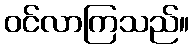
ဝင်လာကြသည်။